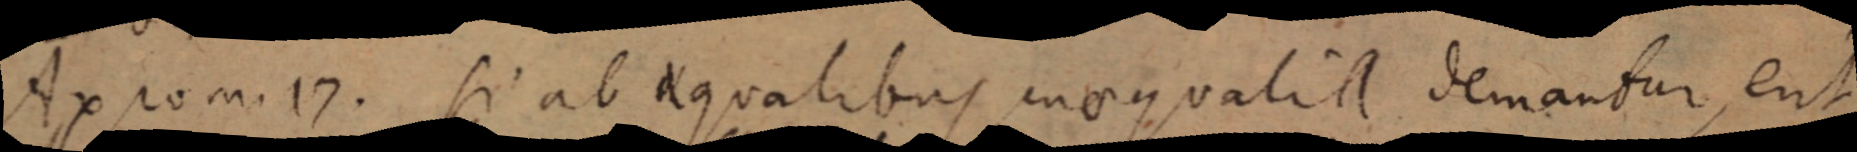
Axiom. 17. Si ab aequalibus eu aequalia demantur, erit